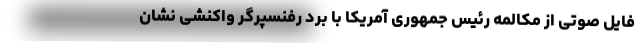
فایل صوتی از مکالمه رئیس جمهوری آمریکا با برد رفنسپرگر واکنشی نشان